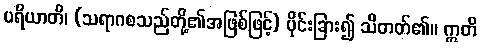
ပရိယာတိ၊ (သရာဂစသည်တို့၏အဖြစ်ဖြင့်) ပိုင်းခြား၍ သိတတ်၏။ ဣတိ